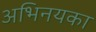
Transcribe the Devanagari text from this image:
अभिनयका